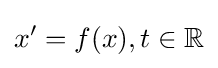
x'=f(x),t\in \mathbb {R}